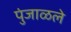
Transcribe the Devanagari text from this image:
पुंजाळले